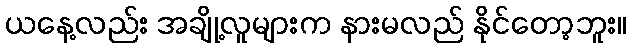
ယနေ့လည်း အချို့လူများက နားမလည် နိုင်တော့ဘူး။